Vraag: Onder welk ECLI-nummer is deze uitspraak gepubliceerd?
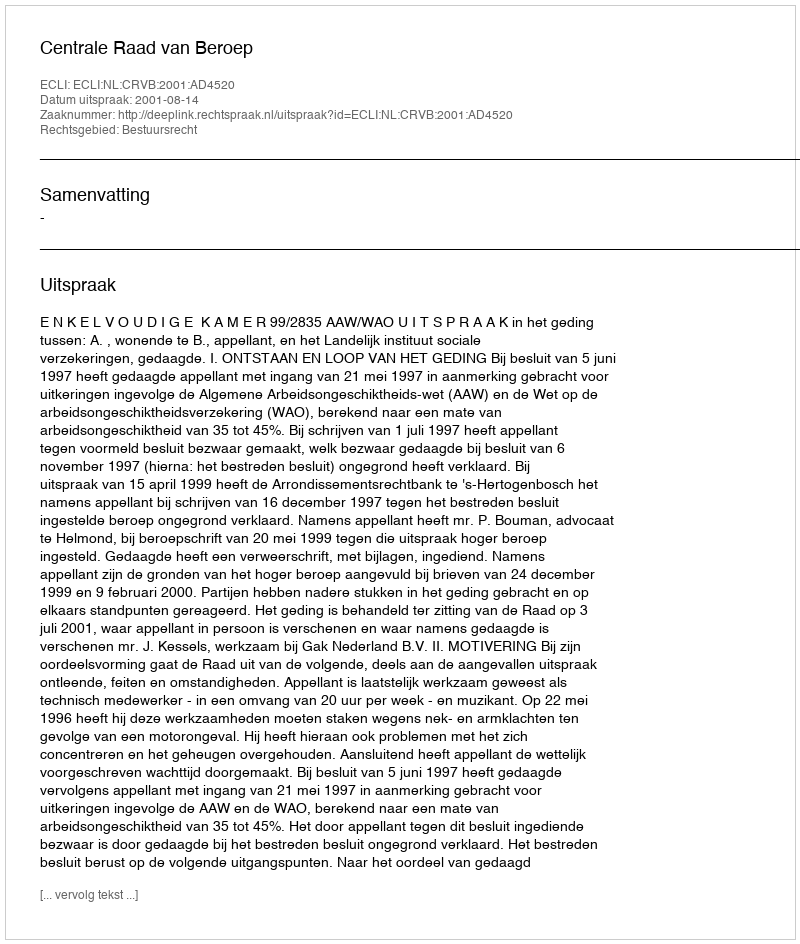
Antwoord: ECLI:NL:CRVB:2001:AD4520